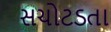
સચોટડતા